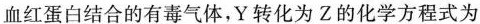
血红蛋白结合的有毒气体，Y转化为Z的化学方程式为